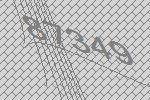
87349